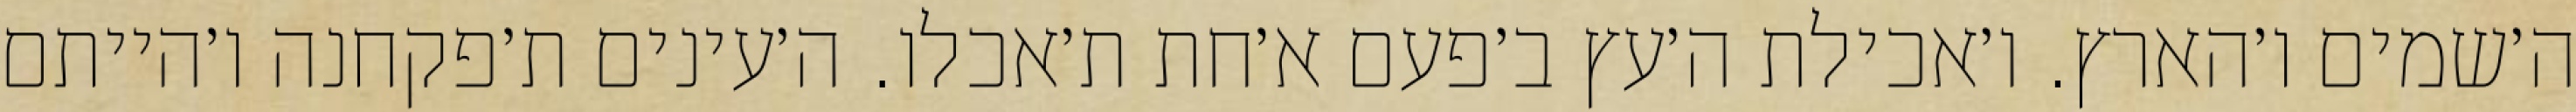
ה׳שמים ו׳הארץ. ו׳אכילת ה׳עץ ב׳פעם א׳חת ת׳אכלו. ה׳עינים ת׳פקחנה ו׳הייתם